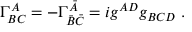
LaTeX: \Gamma _ { B C } ^ { A } = - \Gamma _ { \bar { B } \bar { C } } ^ { \bar { A } } = i g ^ { A D } g _ { B C D } \ .